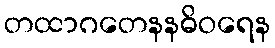
တထာဂတေနနဓိဝရေန